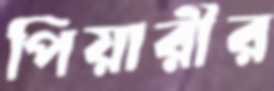
পিয়ারীর